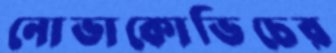
নোভাকোভিচের